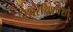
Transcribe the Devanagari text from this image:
दाशरथिश्‍चेशो